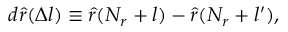
d \hat { r } ( \Delta l ) \equiv \hat { r } ( N _ { r } + l ) - \hat { r } ( N _ { r } + l ^ { \prime } ) ,